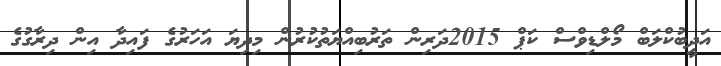
އަދީބުކްލަބް މޯލްޑިވްސް ކަޕް 2015ދަރިން ތަރުބިއްޔަތުކުރުން މިދިޔަ އަހަރުގެ ފައިދާ އިން ދިރާގުގެ